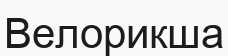
Велорикша